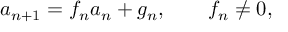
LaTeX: a _ { n + 1 } = f _ { n } a _ { n } + g _ { n } , \qquad f _ { n } \neq 0 ,